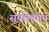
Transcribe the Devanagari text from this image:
सूर्यास्तमय